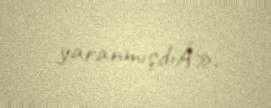
yaranmışdıÂ».